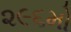
૨૯૬મો